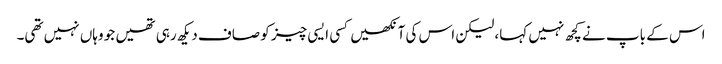
اس کے باپ نے کچھ نہیں کہا، لیکن اس کی آنکھیں کسی ایسی چیز کو صاف دیکھ رہی تھیں جو وہاں نہیں تھی۔